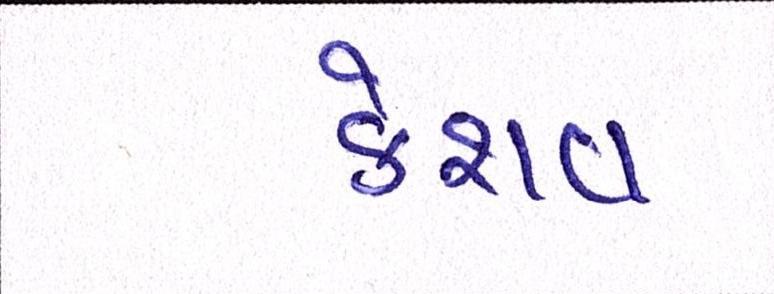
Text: કેશવ